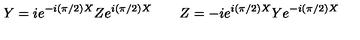
Y = i e ^ { - i ( { \pi } / { 2 } ) X } Z e ^ { i ( { \pi } / { 2 } ) X } \qquad Z = - i e ^ { i ( { \pi } / { 2 } ) X } Y e ^ { - i ( { \pi } / { 2 } ) X }